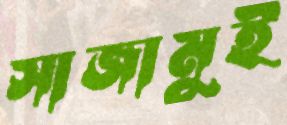
সাজামুই